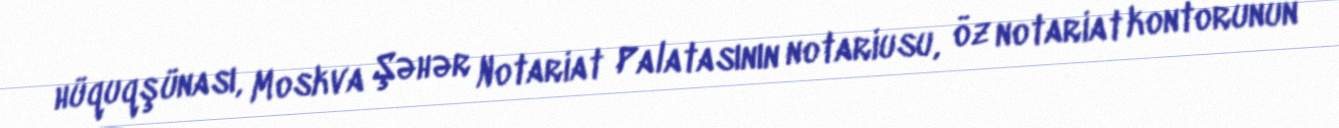
hüquqşünası, Moskva Şəhər Notariat Palatasının notariusu, öz notariat kontorunun